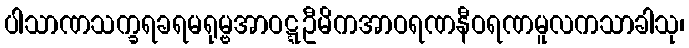
ပါသာဏသက္ခရခရမရုမ္ဗအာဝဋ္ဋဦမိကအာဝရဏနီဝရဏမူလကသာခါသု၊